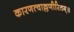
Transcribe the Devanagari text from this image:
कारणत्वाल्लणीरितम्॥